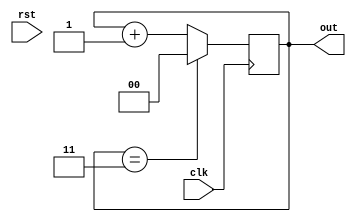
/*
   This file was generated automatically by the Mojo IDE version B1.3.5.
   Do not edit this file directly. Instead edit the original Lucid source.
   This is a temporary file and any changes made to it will be destroyed.
*/

module counter1_5 (
    input clk,
    input rst,
    output reg [1:0] out
  );
  
  
  
  reg [1:0] M_counter_d, M_counter_q = 1'h0;
  
  always @* begin
    M_counter_d = M_counter_q;
    
    out = M_counter_q;
    if (M_counter_q == 2'h3) begin
      M_counter_d = 1'h0;
    end else begin
      M_counter_d = M_counter_q + 1'h1;
    end
  end
  
  always @(posedge clk) begin
    M_counter_q <= M_counter_d;
  end
  
endmodule